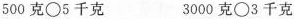
$$500克\bigcirc 5千克$$ $$3000克\bigcirc 3千克$$